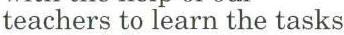
teachers to learn the tasks